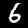
Digit: 6